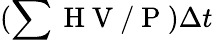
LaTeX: (\sum\mathrm{~H~V~}/\mathrm{~P~})\Delta t